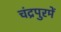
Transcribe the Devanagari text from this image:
चंद्रपुरमें